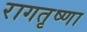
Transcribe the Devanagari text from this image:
रागतृष्णा